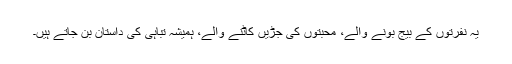
یہ نفرتوں کے بیج بونے والے، محبتوں کی جڑیں کاٹنے والے، ہمیشہ تباہی کی داستان بن جاتے ہیں۔